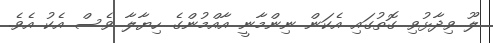
ލޫ ވިދާޅުވި ގޮތުގައި އެކަން ނިންމާނީ އާއްމުންގެ ހިޔާލާ ވެސް އެކު އެވެ.